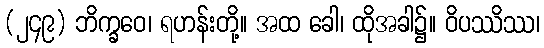
(၂၄၉) ဘိက္ခဝေ၊ ရဟန်းတို့။ အထ ခေါ၊ ထိုအခါ၌။ ဝိပဿိဿ၊